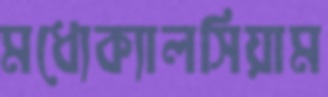
মধ্যেক্যালসিয়াম